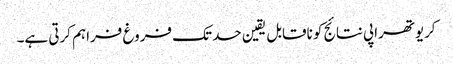
کریوتھراپی نتائج کو ناقابل یقین حد تک فروغ فراہم کرتی ہے۔